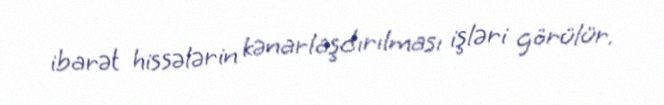
ibarət hissələrin kənarlaşdırılması işləri görülür.